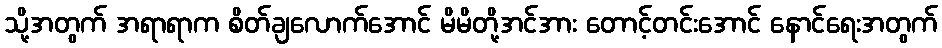
သို့အတွက် အရာရာက စိတ်ချလောက်အောင် မိမိတို့အင်အား တောင့်တင်းအောင် နောင်ရေးအတွက်